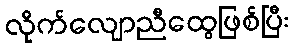
လိုက်လျောညီထွေဖြစ်ပြီး